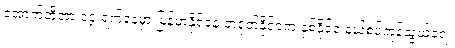
အောက်တိုဘာ ၁၄ ရက်နေ့မှာ မြန်မာနိုင်ငံနဲ့ တရုတ်နိုင်ငံက နှစ်နိုင်ငံ နယ်စပ်ကုန်သွယ်ရေး